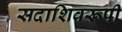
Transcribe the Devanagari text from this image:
सदाशिवरूपी